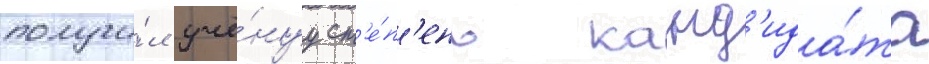
получи́л учё́нуу ст'е́п'ень канд'ида́та